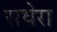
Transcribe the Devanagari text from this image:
सधेरा